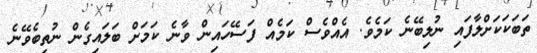
ތަބަކަކަށްލާފައި ނުލިބޭނެ ކަމެވެ. އެއްވެސް ކަމެއް ފަސޭހައިން ވާނެ ކަމަށް ބަލައިގެން ނުތިބެވޭނެ